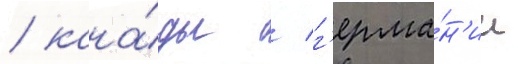
/ кана́ды / г'ерма́н'ии